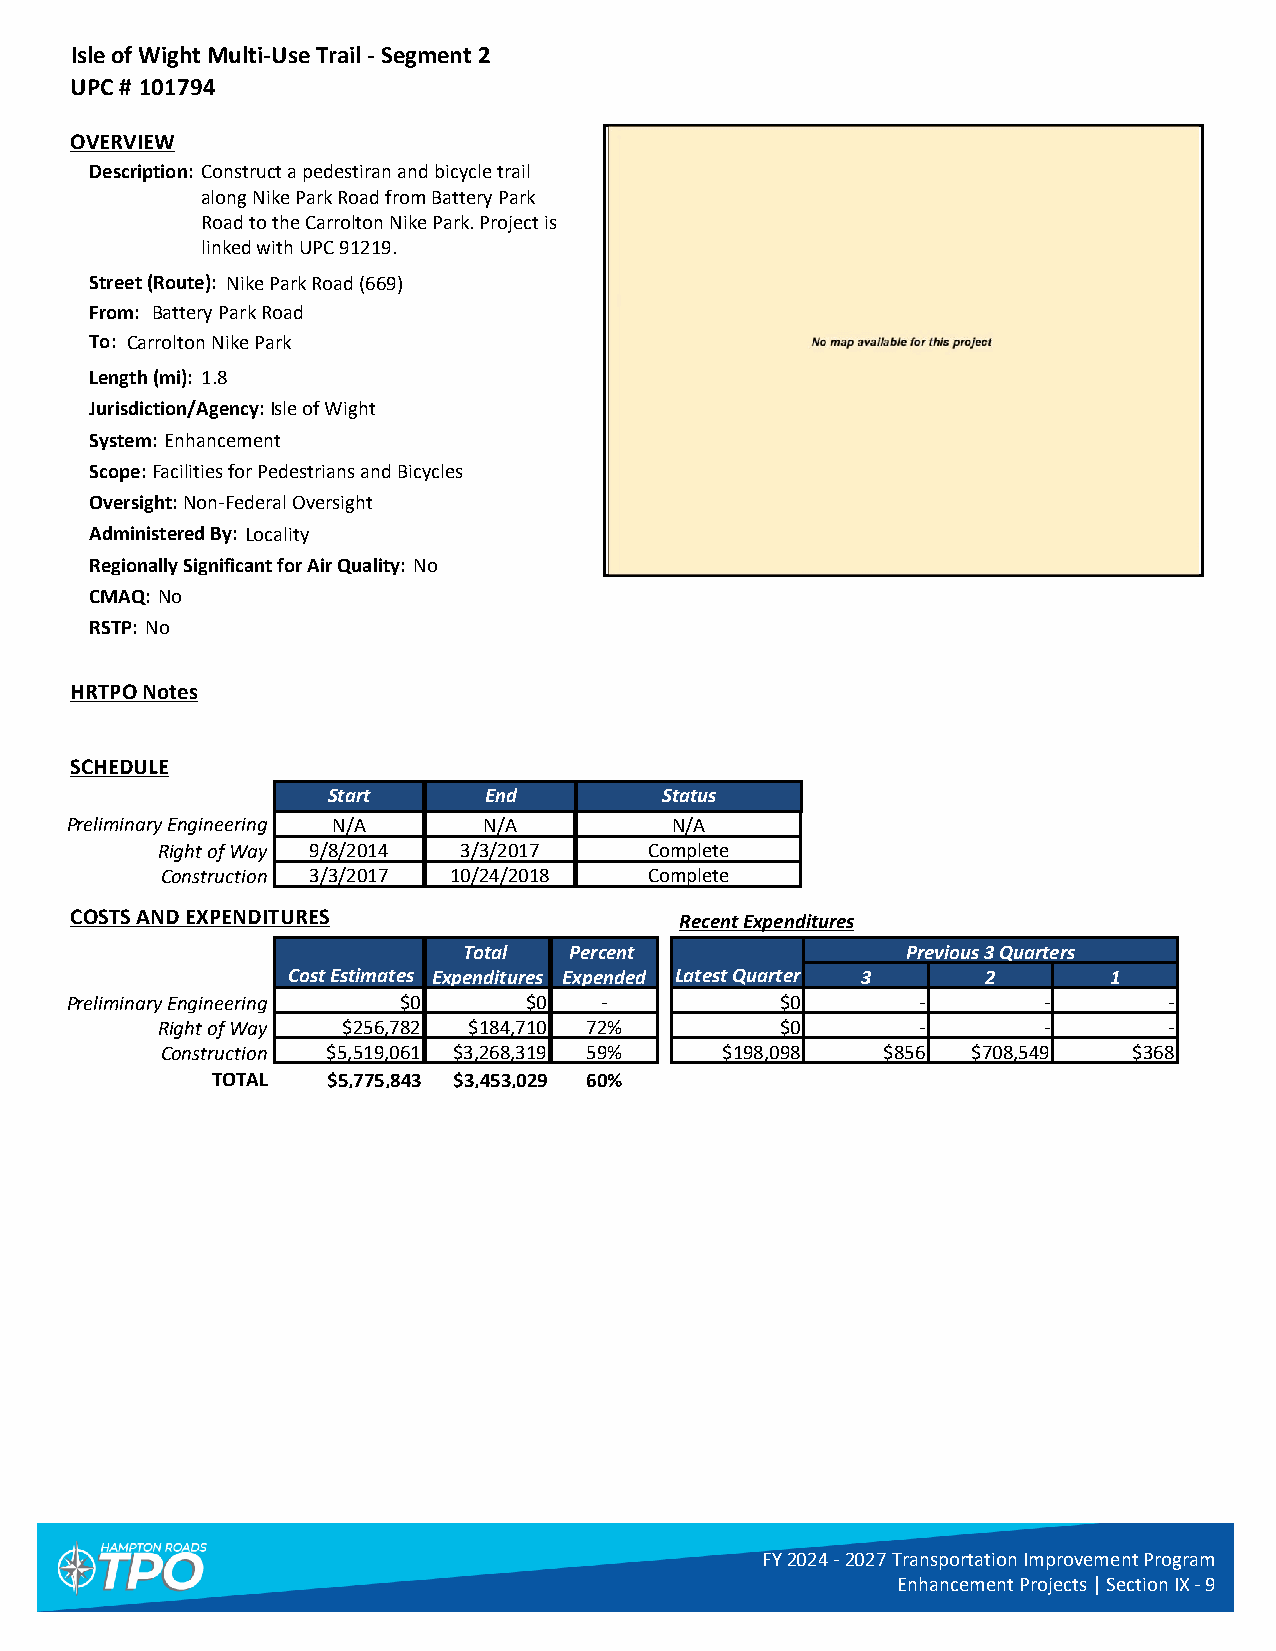
Isle of Wight Multi-Use Trail - Segment 2
 UPC # 101794
 OVERVIEW
 Description: Construct a pedestiran and bicycle trail
 along Nike Park Road from Battery Park
 Road to the Carrolton Nike Park. Project is
 linked with UPC 91219.
 Street (Route): Nike Park Road (669)
 From: Battery Park Road
 To: Carrolton Nike Park
 Length (mi): 1.8
 Jurisdiction/Agency:Isle of Wight
 System: Enhancement
 Scope:Facilities for Pedestrians and Bicycles
 Oversight:Non-Federal Oversight
 Administered By: Locality
 Regionally Significant for Air Quality: No
 CMAQ: No
 RSTP: No
 HRTPO Notes
 SCHEDULE
 Start     End         Status
 Preliminary Engineering N/A N/A         N/A        OrderSort:   F.4
 Right of Way 9/8/2014 3/3/2017   Complete
 Construction 3/3/2017 10/24/2018 Complete
 COSTS AND EXPENDITURES                  Recent Expenditures
 Total  Percent               Previous 3 Quarters
 Cost Estimates Expenditures Expended Latest Quarter 3 2 1
 Preliminary Engineering $0     $0   -           $0       -       -       -
 Right of Way $256,782 $184,710 72%        $0       -       -       -
 Construction $5,519,061 $3,268,319 59% $198,098 $856 $708,549   $368
 TOTAL   $5,775,843 $3,453,029 60%
 FY 2024 - 2027 Transportation Improvement Program
 Enhancement Projects | Section IX - 9